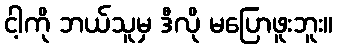
ငါ့ကို ဘယ်သူမှ ဒီလို မပြောဖူးဘူး။